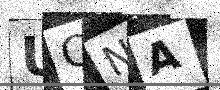
Text: UCNA